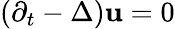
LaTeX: (\partial_{t}-\Delta)\mathbf{u}=0